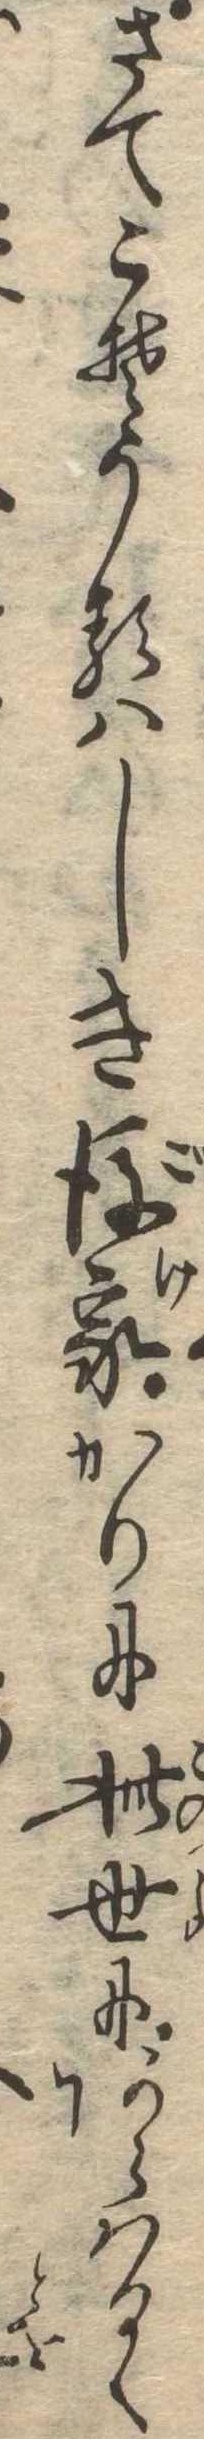
さてこそうるはしき後家かりに此世にあらはるゝ